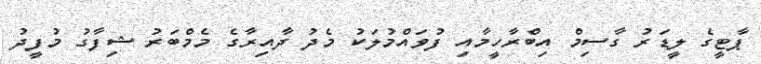
ޕާޓީގެ ލީޑަރު ގާސިމް އިބްރާހީމާއި ފުވައްމުލަކު މެދު ދާއިރާގެ މެމްބަރު ޝިފާގު މުފީދު